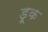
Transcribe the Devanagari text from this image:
डूक